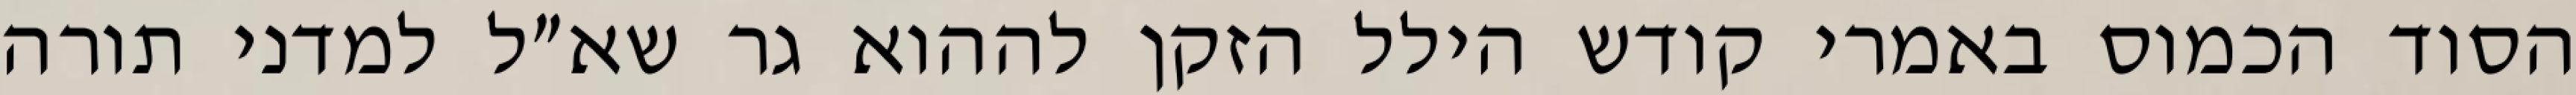
הסוד הכמוס באמרי קודש הילל הזקן לההוא גר שא״ל למדני תורה